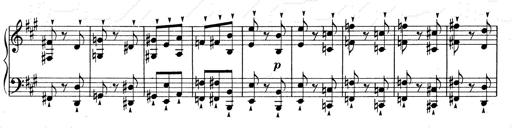
Title: Mephisto Waltz No.1
Composer: Franz Liszt